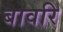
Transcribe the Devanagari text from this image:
बावरि